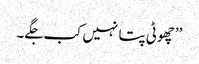
’’چھوٹی پتا نہیں کب جگے۔